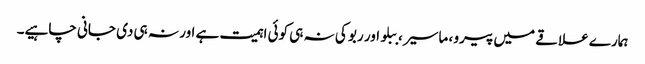
ہمارے علاقے میں پیرو ، ماسیر ، ببلو اور ربو کی نہ ہی کوئی اہمیت ہے اور نہ ہی دی جانی چاہیے۔